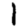
Digit: 1